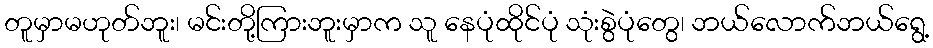
တူမှာမဟုတ်ဘူး၊ မင်းတို့ကြားဘူးမှာက သူ နေပုံထိုင်ပုံ သုံးစွဲပုံတွေ၊ ဘယ်လောက်ဘယ်ရွေ့